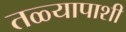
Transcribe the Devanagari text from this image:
तळ्यापाशी